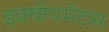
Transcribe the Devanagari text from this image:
इक्वीपमेंटस